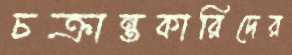
চক্রান্তকারিদের